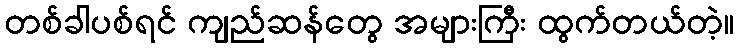
တစ်ခါပစ်ရင် ကျည်ဆန်တွေ အများကြီး ထွက်တယ်တဲ့။